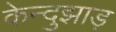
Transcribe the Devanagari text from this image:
केन्दुझाड़